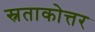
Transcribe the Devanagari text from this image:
स्नताकोत्तर